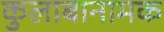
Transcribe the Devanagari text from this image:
कुलाबानामक